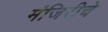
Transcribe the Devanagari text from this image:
मंजिरीचे